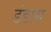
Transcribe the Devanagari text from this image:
डंडास